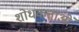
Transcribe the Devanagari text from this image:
शोधकत्ताओं